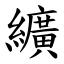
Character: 纊